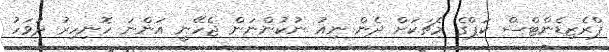
ޕްރެޒިޑެންޓްސް ކަޕްގެ މެޗަކަށް ދެން ނިއު ނުކުންނަން ޖެހޭނީ އަންނަ ހޮނިހިރު ދުވަހު